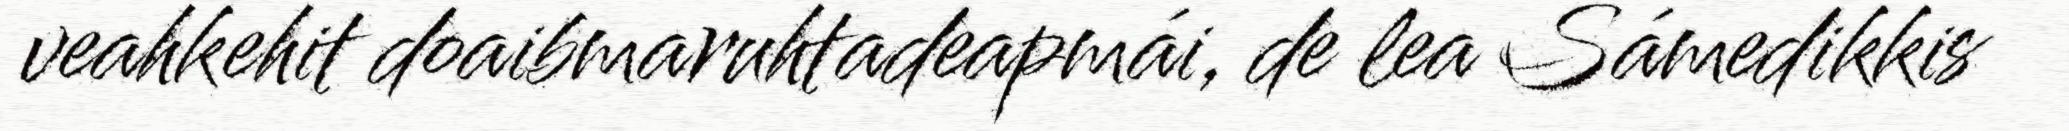
veahkehit doaibmaruhtadeapmái, de lea Sámedikkis